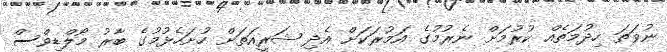
ނުވަތަ ހިދުމަތެއް ކުރުމަށް ނެރުމުގެ އަމުރަކަށް އެދި ޝަރީއަތަށް ހުށަހެޅުމުގެ ބާރު މޯލްޑިވްސް